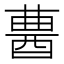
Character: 𨠷